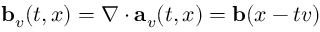
\ensuremath { \mathbf { b } } _ { v } ( t , x ) = \nabla \cdot \mathbf { a } _ { v } ( t , x ) = \ensuremath { \mathbf { b } } ( x - t v )